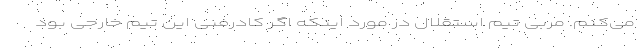
می‌کنم. مربی تیم استقلال در مورد اینکه اگر کادرفنی این تیم خارجی بود